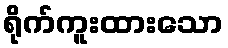
ရိုက်ကူးထားသော